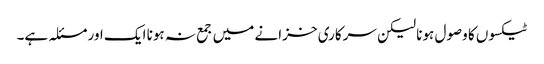
ٹیکسوں کا وصول ہونا لیکن سرکاری خزانے میں جمع نہ ہونا ایک اور مسئلہ ہے۔